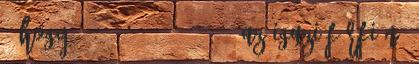
- hogy . 2016.12.31. 19:05 Az igazi férfi nő